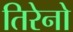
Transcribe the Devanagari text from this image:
तिरेनो